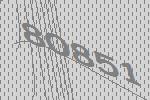
80851